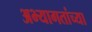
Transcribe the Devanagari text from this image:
अभ्यागतांच्या